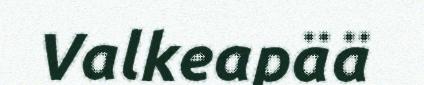
Valkeapää